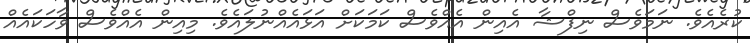
ކުރެއެވެ. ނަމަވެސް ނިފްޝާ އެއިން އެއްވެސް ކަމަކަށް އަޅައެއްނުލައެވެ. މިއިން އެއްވެސް ވާހަކައެއް